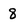
Character: 8